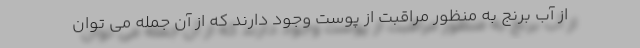
از آب برنج به منظور مراقبت از پوست وجود دارند که از آن جمله می توان